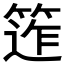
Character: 𥯧